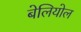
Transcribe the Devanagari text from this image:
बेलियोल